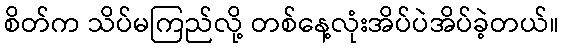
စိတ်က သိပ်မကြည်လို့ တစ်နေ့လုံးအိပ်ပဲအိပ်ခဲ့တယ်။